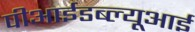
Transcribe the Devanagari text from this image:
पीआईडब्ल्यूआई